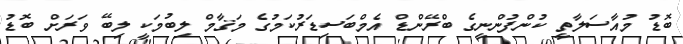
ބޮޑު މުއާސަލާތީ ކުންފުންނީގެ ބްރޭންޑް އެމްބަސިޑަރުކަމުގެ މަޤާމް ލިބުމަކީ ލިބޭ ވަރަށް ބޮޑު